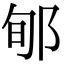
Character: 郇